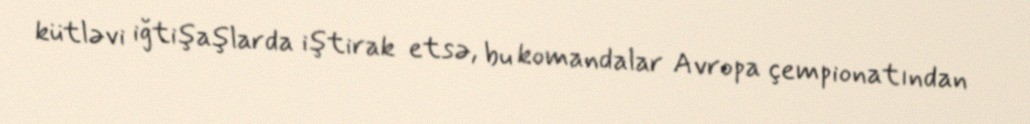
kütləvi iğtişaşlarda iştirak etsə, bu komandalar Avropa çempionatından